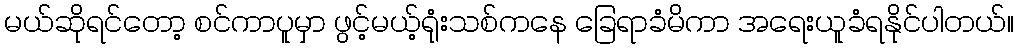
မယ်ဆိုရင်တော့ စင်ကာပူမှာ ဖွင့်မယ့်ရုံးသစ်ကနေ ခြေရာခံမိကာ အရေးယူခံရနိုင်ပါတယ်။